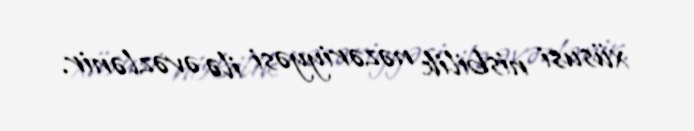
xüsusi nisbilik nəzəriyyəsi ilə əvəzlənir.